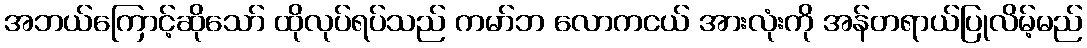
အဘယ်ကြောင့်ဆိုသော် ထိုလုပ်ရပ်သည် ကမာ်ဘ လောကငယ် အားလုံးကို အန်တရာယ်ပြုလိမ့်မည်